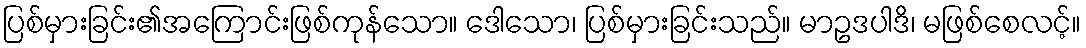
ပြစ်မှားခြင်း၏အကြောင်းဖြစ်ကုန်သော။ ဒေါသော၊ ပြစ်မှားခြင်းသည်။ မာဥဒပါဒိ၊ မဖြစ်စေလင့်။